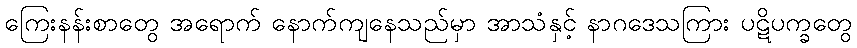
ကြေးနန်းစာတွေ အရောက် နောက်ကျနေသည်မှာ အာသံနှင့် နာဂဒေသကြား ပဋိပက္ခတွေ